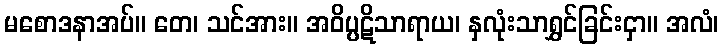
မစောဒနာအပ်။ တေ၊ သင်အား။ အဝိပ္ပဋိသာရာယ၊ နှလုံးသာရွှင်ခြင်းငှာ။ အလံ၊